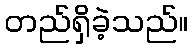
တည်ရှိခဲ့သည်။